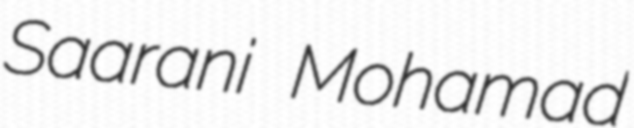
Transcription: Saarani Mohamad